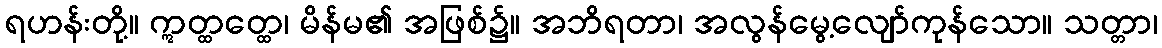
ရဟန်းတို့။ ဣတ္ထတ္ထေ၊ မိန်မ၏ အဖြစ်၌။ အဘိရတာ၊ အလွန်မွေ့လျော်ကုန်သော။ သတ္တာ၊